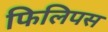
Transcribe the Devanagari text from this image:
फिलिपस